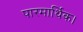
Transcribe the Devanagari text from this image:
पारमार्थिक।